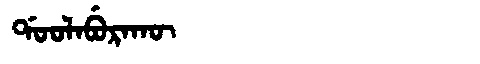
Manchu: ᡩᠣᠣᠯᠠᠪᡠᡵᠠᡴᡡ
Romanization: DOOLABURAKŪ